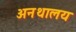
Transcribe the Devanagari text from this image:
अनथालय